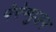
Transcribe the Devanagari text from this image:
पेरेम्पुअन